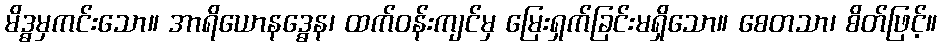
မိဒ္ဓမှကင်းသော။ အာရိယောနဒ္ဓေန၊ ထက်ဝန်းကျင်မှ မြေးရှက်ခြင်းမရှိသော။ စေတသာ၊ စိတ်ဖြင့်။